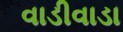
વાડીવાડા